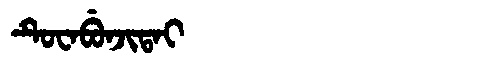
Manchu: ᡨᡠᠸᠠᠪᡠᠨᠵᡳᡨᠠᡳ
Romanization: TUWABUNJITAI